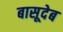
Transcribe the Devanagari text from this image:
बासूदेब